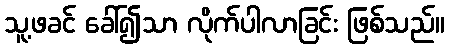
သူ့ဖခင် ခေါ်၍သာ လိုက်ပါလာခြင်း ဖြစ်သည်။